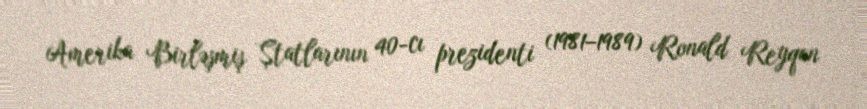
Amerika Birləşmiş Ştatlarının 40-cı prezidenti (1981–1989) Ronald Reyqan